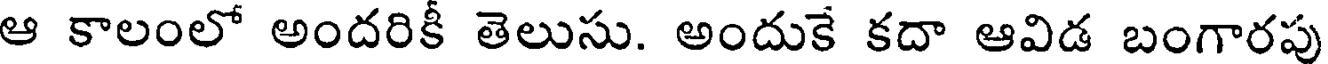
ఆ కాలంలో అందరికీ తెలుసు. అందుకే కదా ఆవిడ బంగారపు